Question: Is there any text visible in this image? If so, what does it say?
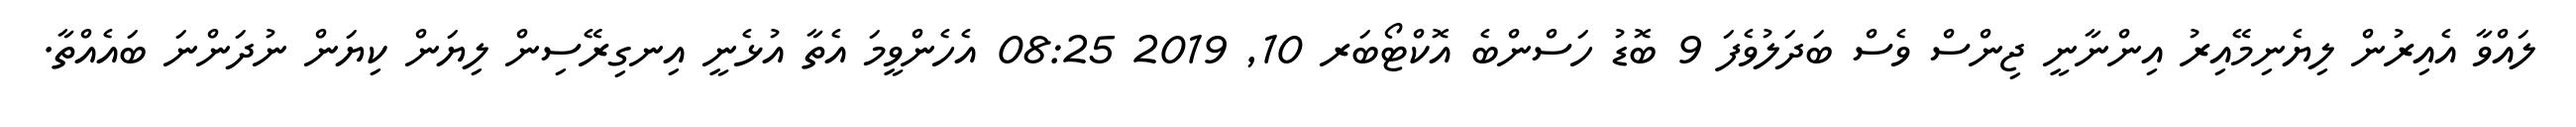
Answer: ލައްވާ އެއިރުން ލިޔެނިމޭއިރު އިންނާނީ ޖިންސް ވެސް ބަދަލުވެފަ 9 ބޮޑު ހަސްންބެ އޮކްޓޯބަރ 10, 2019 08:25 އެހެންވީމަ އެތާ އުޅެނީ އިނގިރޭސިން ލިޔަން ކިޔަން ނުދަންނަ ބައެއްތާ.